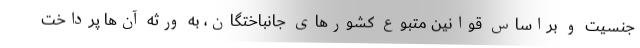
جنسیت و براساس قوانین متبوع کشور‌های جانباختگان، به ورثه آن‌ها پرداخت